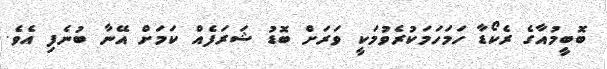
ބޮބީމުއާގެ ރެކޯޑާ ހަމަހަމަކުރެވުމަކީ ވަރަށް ބޮޑު ޝަރަފެއް ކަމަށް އޭނާ ބުނެފި އެވެ.